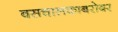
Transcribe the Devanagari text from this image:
बसचालकाबरोबर